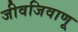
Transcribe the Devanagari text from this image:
जीवजिवाणू